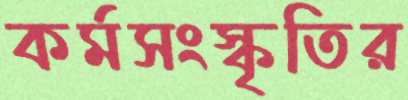
কর্মসংস্কৃতির